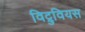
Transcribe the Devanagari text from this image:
विट्रुवियस